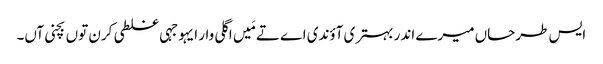
‏ ایس طرحاں میرے اندر بہتری آؤندی اے تے مَیں اگلی وار ایہو جہی غلطی کرن توں بچنی آں۔